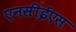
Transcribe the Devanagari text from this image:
एनसीईएस